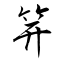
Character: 笄